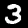
Digit: 3